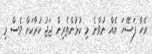
އެހާ ފަސޭހަ އެއް ނުވާނެ މި ކުޅުންތެރިން ޖަޖު ކުރާކަށް ވެސް މި